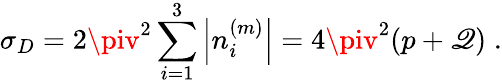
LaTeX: \sigma_{D}=2\piv^{2}\sum_{i=1}^{3}\left|n_{i}^{(m)}\right|=4\piv^{2}(p+\mathscr{Q})\; .